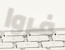
فروا